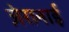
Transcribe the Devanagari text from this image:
ज़ेरानाई